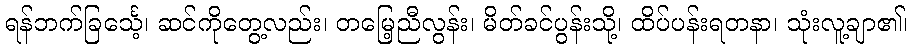
ရန်ဘက်ခြင်္သေ့၊ ဆင်ကိုတွေ့လည်း၊ တမြေ့ညီလွန်း၊ မိတ်ခင်ပွန်းသို့၊ ထိပ်ပန်းရတနာ၊ သုံးလူ့ချာ၏၊